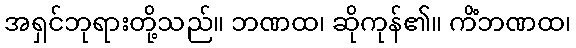
အရှင်ဘုရားတို့သည်။ ဘဏထ၊ ဆိုကုန်၏။ ကိံဘဏထ၊